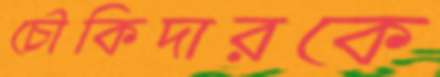
চৌকিদারকে